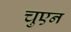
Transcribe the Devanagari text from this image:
चुएन